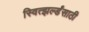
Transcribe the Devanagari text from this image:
स्वित्झर्ल्डंसाठी